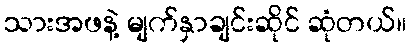
သားအဖနဲ့ မျက်နှာချင်းဆိုင် ဆုံတယ်။